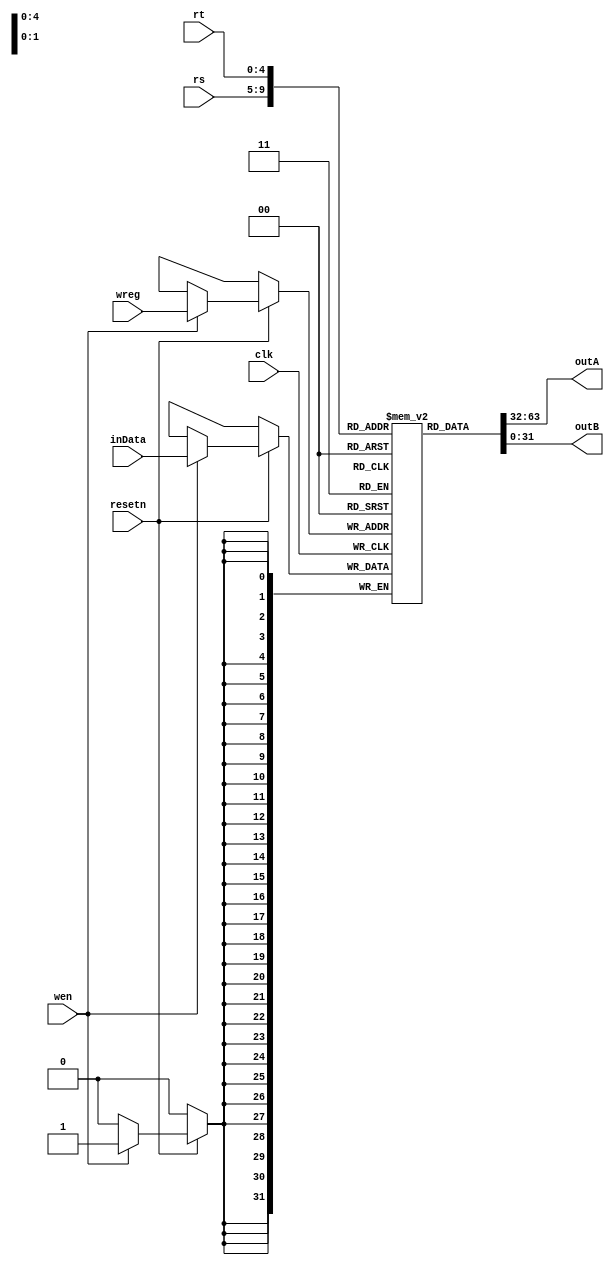
`timescale 1ns/1ps

// * register file
// * posedge write GPRs
// ? how to initialize GPRs
module regfile(
    input           clk,
    input           resetn,

    input [4 :0]    rs,
    input [4 :0]    rt,

    input           wen,    // write engine
    input [4 :0]    wreg,   // the register to be written
    input [31:0]    inData, // the data to be written to wreg

    output[31:0]    outA,
    output[31:0]    outB
);

reg [31:0] GPR[31:0];

always @(posedge clk) begin
    if(!resetn) begin
        // TODO: initialize GPRs
    end
    else if(wen) begin
        GPR[wreg] = inData;
    end
end

assign outA = GPR[rs];
assign outB = GPR[rt];

endmodule